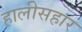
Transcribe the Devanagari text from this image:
हालीसहार